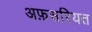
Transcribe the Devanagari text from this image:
अफ़सरियत